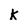
Character: k